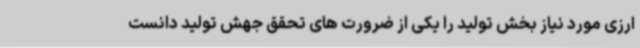
ارزی مورد نیاز بخش تولید را یکی از ضرورت های تحقق جهش تولید دانست